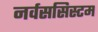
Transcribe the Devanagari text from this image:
नर्वससिस्टम